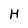
Character: H